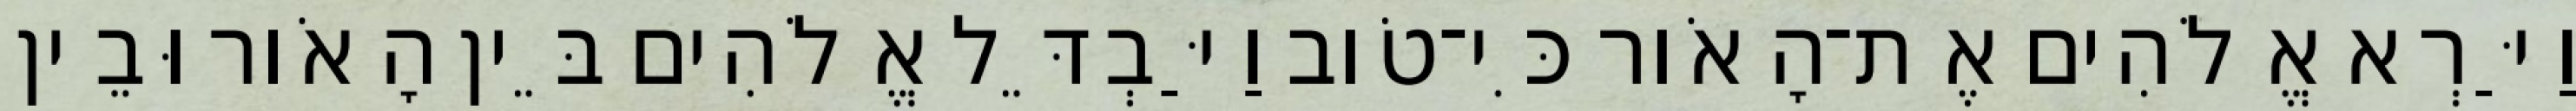
וַיַּרְא אֱלֹהִים אֶת־הָאֹור כִּי־טֹוב וַיַּבְדֵּל אֱלֹהִים בֵּין הָאֹור וּבֵין